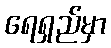
ရေရှည်မှာ